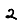
Digit: 2